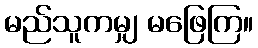
မည်သူကမျှ မဖြေကြ။